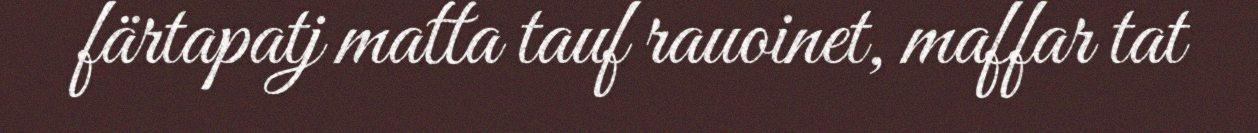
färtapatj matta tauf rauoinet, maffar tat